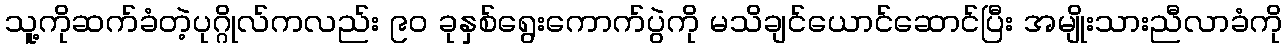
သူ့ကိုဆက်ခံတဲ့ပုဂ္ဂိုလ်ကလည်း ၉၀ ခုနှစ်ရွေးကောက်ပွဲကို မသိချင်ယောင်ဆောင်ပြီး အမျိုးသားညီလာခံကို